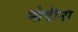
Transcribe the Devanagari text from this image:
मोदीना